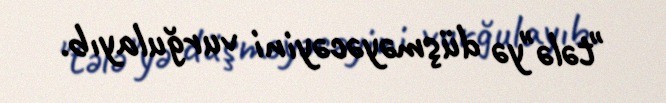
"tələ"yə düşməyəcəyini vurğulayıb.